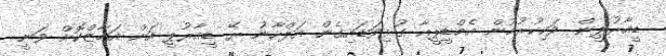
ޑީއާރުޕީން ވަކިކުރުމުން އެމްޑީޕީއާ ގުޅިވަޑައިގެން އަލްހާނު ރޭ ޑީއާރުޕީ އަށް އަމާޒްކޮށް ވަނީ